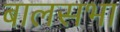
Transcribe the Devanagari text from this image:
बालसभा